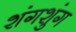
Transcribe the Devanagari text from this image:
शंगशुंग